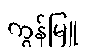
ကွန်မြူ